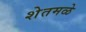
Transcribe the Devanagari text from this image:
शेतमळे